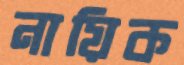
নায়িক